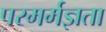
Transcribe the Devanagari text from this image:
परमर्मज्ञता